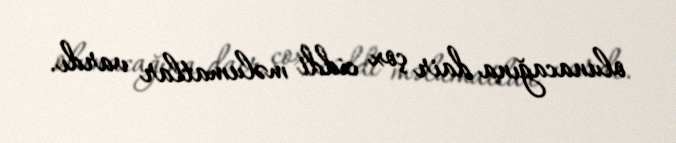
olunacağına dair çox ciddi məlumatlar vardı.